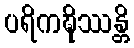
ပရိကဍ္ဎိဿန္တိ